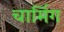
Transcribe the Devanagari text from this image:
चार्मिग